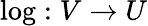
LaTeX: \log:V\rightarrow U